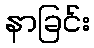
နာခြင်း